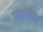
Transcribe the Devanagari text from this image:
पदरचनाएँ